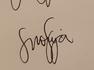
Signature authenticity: genuine